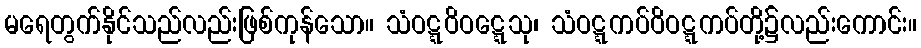
မရေတွက်နိုင်သည်လည်းဖြစ်ကုန်သော။ သံဝဋ္ဋဝိဝဋ္ဋေသု၊ သံဝဋ္ဋကပ်ဝိဝဋ္ဋကပ်တို့၌လည်းကောင်း။